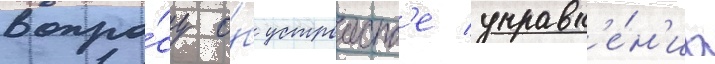
вопро́су о́б устроиств'е управл'е́н'иа